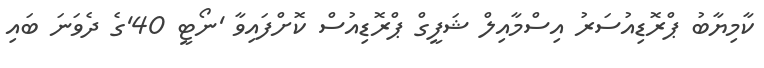
ކާމިޔާބު ޕްރޮޑިއުސަރު އިސްމާއިލް ޝަފީގް ޕްރޮޑިއުސް ކޮށްފައިވާ 'ނޯޓީ 40'ގެ ދެވަނަ ބައި